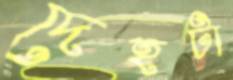
দেহটা